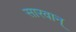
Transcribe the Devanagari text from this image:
सारवान्‌